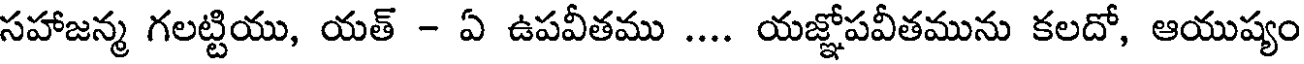
సహాజన్మ గలట్టియు, యత్ - ఏ ఉపవీతము .... యజ్ఞోపవీతమును కలదో, ఆయుష్యం